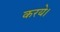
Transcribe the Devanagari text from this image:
करये।